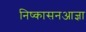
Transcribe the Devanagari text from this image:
निष्कासनआज्ञा